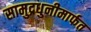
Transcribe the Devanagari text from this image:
सामुद्रधुनीमार्फत